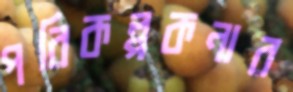
পরিকল্পকনার